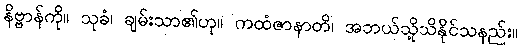
နိဗ္ဗာန်ကို။ သုခံ၊ ချမ်းသာ၏ဟု။ ကထံဇာနာတိ၊ အဘယ်သို့သိနိုင်သနည်း။